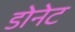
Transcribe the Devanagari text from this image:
डोनेट